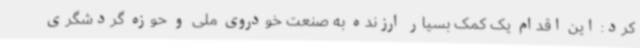
کرد: این اقدام یک کمک بسیار ارزنده به صنعت خودروی ملی و حوزه گردشگری